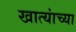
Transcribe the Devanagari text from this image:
खात्यांच्या